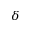
\delta